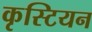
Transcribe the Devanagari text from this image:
कृस्टियन